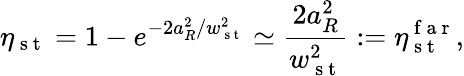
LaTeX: \eta_{\mathrm{~s~t~}}=1-e^{-2a_{R}^{2}/w_{\mathrm{~s~t~}}^{2}}\simeq\frac{2a_{R}^{2}}{w_{\mathrm{~s~t~}}^{2}}:=\eta_{\mathrm{~s~t~}}^{\mathrm{~f~a~r~}},